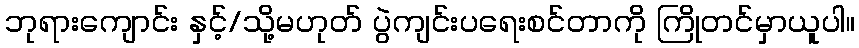
ဘုရားကျောင်း နှင့်/သို့မဟုတ် ပွဲကျင်းပရေးစင်တာကို ကြိုတင်မှာယူပါ။